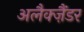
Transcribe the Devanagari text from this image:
अलैक्‍ज़ैंडर